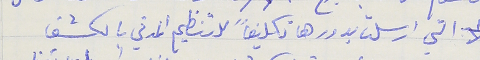
التي ارسلت بدورها تكليفًا للتنظيم المدني بالكشف